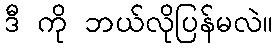
ဒီ ကို ဘယ်လိုပြန်မလဲ။